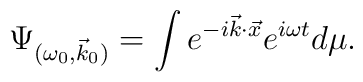
\Psi _{(\omega _{0},\vec{k}_{0})}=\int e^{-i\vec{k}{\cdot}\vec{x}}e^{i\omega t}d\mu .